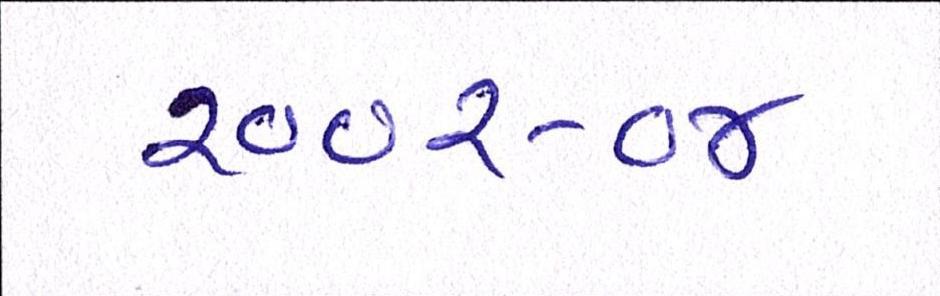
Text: ૨૦૦૨-૦૪